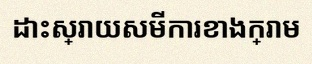
ដោះស្រាយសមីការខាងក្រោម